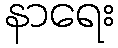
နာရေး